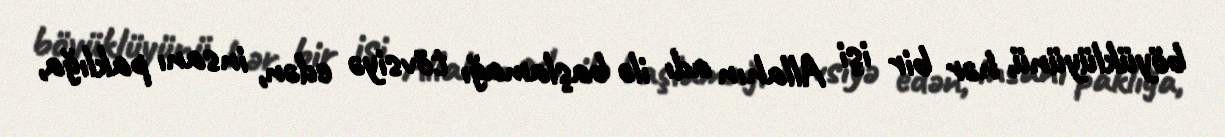
böyüklüyünü, hər bir işi Allahın adı ilə başlamağı tövsiyə edən, insanı paklığa,